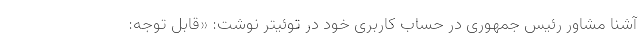
آشنا مشاور رئیس جمهوری در حساب کاربری خود در توئیتر نوشت: «قابل توجه: